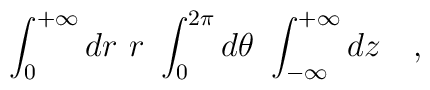
\int_0^{+\infty}dr\ r\ \int_0^{2\pi}d\theta\ \int_{-\infty}^{+\infty}dz\ \ \ ,